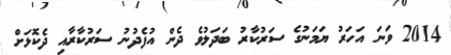
2014 ވަނަ އަހަރު ޔަމަނުގެ ސަރުކާރު ބަދަލުވެ ދެން އުފެދުނު ސަރުކާރާއި ދެކޮޅަށް